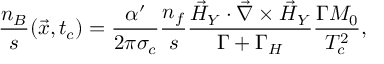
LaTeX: \frac { n _ { B } } { s } ( \vec { x } , t _ { c } ) = \frac { \alpha ^ { \prime } } { 2 \pi \sigma _ { c } } \frac { n _ { f } } { s } \frac { { \vec { { \cal H } } } _ { Y } \cdot \vec { \nabla } \times { \vec { { \cal H } } } _ { Y } } { \Gamma + \Gamma _ { { \cal H } } } \frac { \Gamma M _ { 0 } } { T _ { c } ^ { 2 } } ,